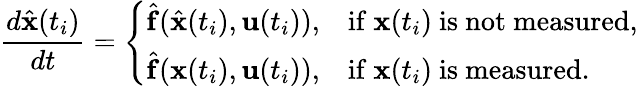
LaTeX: \frac{d\hat{\mathbf{x}}(t_{i})}{dt}=\left\{ \begin{array}{ll}{\hat{\mathbf{f}}(\hat{\mathbf{x}}(t_{i}),\mathbf{u}(t_{i})),}&{\mathrm{if~}\mathbf{x}(t_{i})\mathrm{~is~not~measured,}}\\ {\hat{\mathbf{f}}(\mathbf{x}(t_{i}),\mathbf{u}(t_{i})),}&{\mathrm{if~}\mathbf{x}(t_{i})\mathrm{~is~measured.}}\end{array}\right.